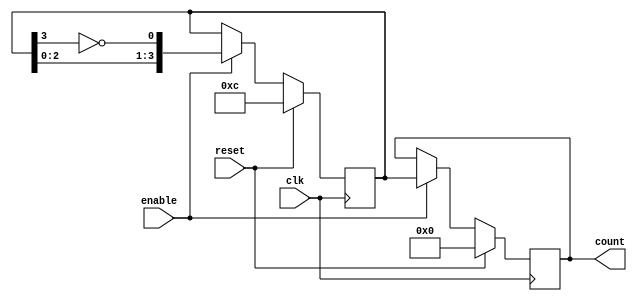
module johnson_counter_with_enable (
    input wire clk,
    input wire reset,
    input wire enable,
    output reg [3:0] count
);

reg [3:0] temp;

always @(posedge clk) begin
    if (reset) begin
        count <= 4'b0000;
        temp <= 4'b1100;
    end else if (enable) begin
        count <= temp;
        temp <= {temp[2:0], ~temp[3]};
    end
end

endmodule